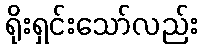
ရိုးရှင်းသော်လည်း